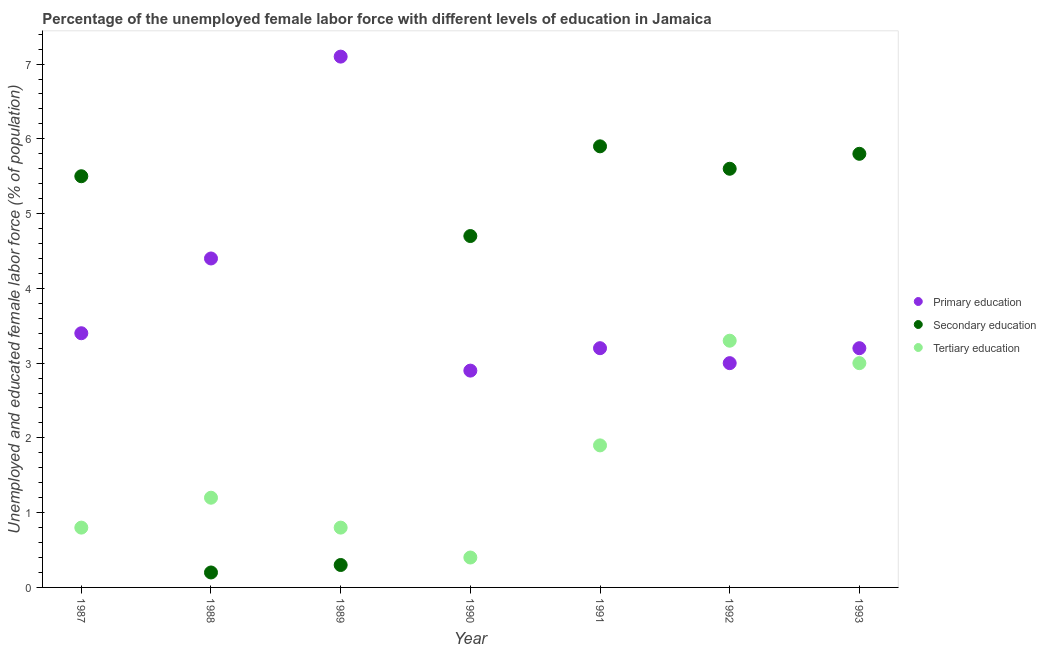
| Year | Primary education | Secondary education | Tertiary education |
 | --- | --- | --- | --- |
 | 1987 | 3.4 | 5.5 | 0.8 |
 | 1988 | 4.4 | 0.2 | 1.2 |
 | 1989 | 7.1 | 0.3 | 0.8 |
 | 1990 | 2.9 | 4.7 | 0.4 |
 | 1991 | 3.2 | 5.9 | 1.9 |
 | 1992 | 3 | 5.6 | 3.3 |
 | 1993 | 3.2 | 5.8 | 3 |